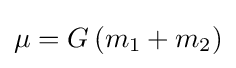
\mu =G\left(m_{1}+m_{2}\right)